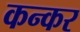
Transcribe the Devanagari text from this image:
कन्कर